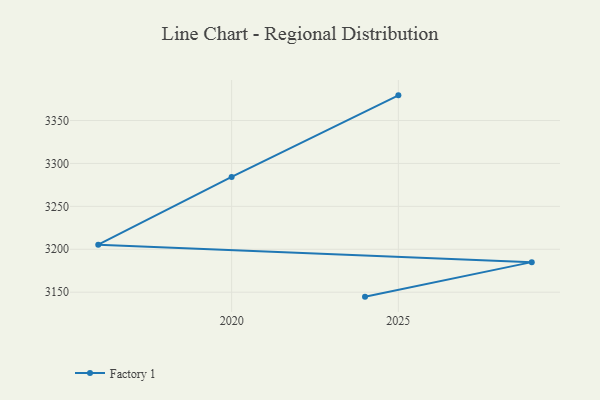
{"axis": {"x": "Year", "y": "Budget (USD K)"}, "legend": ["Factory 1"], "data": [{"x": "2024", "y": 3144.8, "type": "Factory 1"}, {"x": "2029", "y": 3185.0, "type": "Factory 1"}, {"x": "2016", "y": 3205.3, "type": "Factory 1"}, {"x": "2020", "y": 3284.3, "type": "Factory 1"}, {"x": "2025", "y": 3379.3, "type": "Factory 1"}]}